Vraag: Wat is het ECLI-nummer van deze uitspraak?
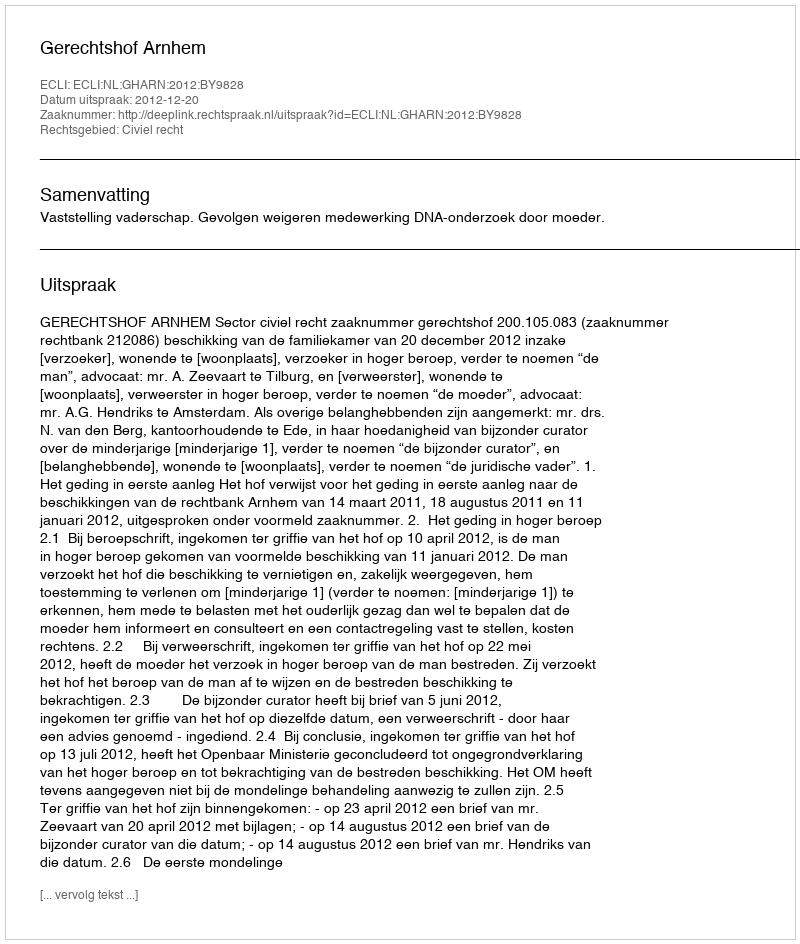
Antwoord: ECLI:NL:GHARN:2012:BY9828